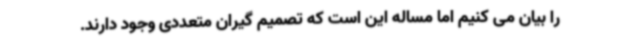
را بیان می کنیم اما مساله این است که تصمیم گیران متعددی وجود دارند.